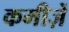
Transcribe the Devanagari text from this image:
कमीज़ें